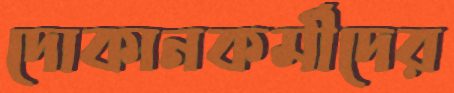
দোকানকর্মীদের